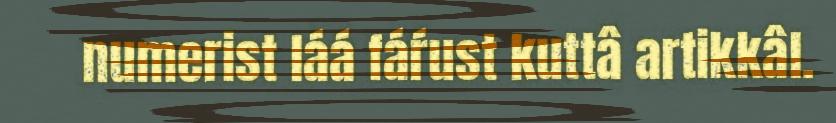
numerist láá fáŕust kuttâ artikkâl.